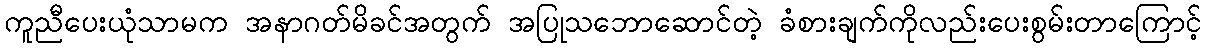
ကူညီပေးယုံသာမက အနာဂတ်မိခင်အတွက် အပြုသဘောဆောင်တဲ့ ခံစားချက်ကိုလည်းပေးစွမ်းတာကြောင့်